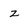
Character: z